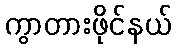
ကွာတားဖိုင်နယ်